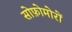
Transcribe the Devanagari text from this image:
सोफ़ोमोरों